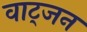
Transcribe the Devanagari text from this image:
वाट्जन